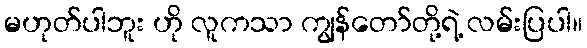
မဟုတ်ပါဘူး ဟို လူကသာ ကျွန်တော်တို့ရဲ့ လမ်းပြပါ။